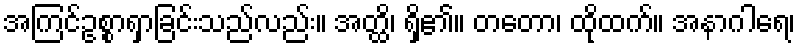
အကြင်ဥစ္စာရှာခြင်းသည်လည်း။ အတ္ထိ၊ ရှိ၏။ တတော၊ ထိုထက်။ အနာဂါရေ၊